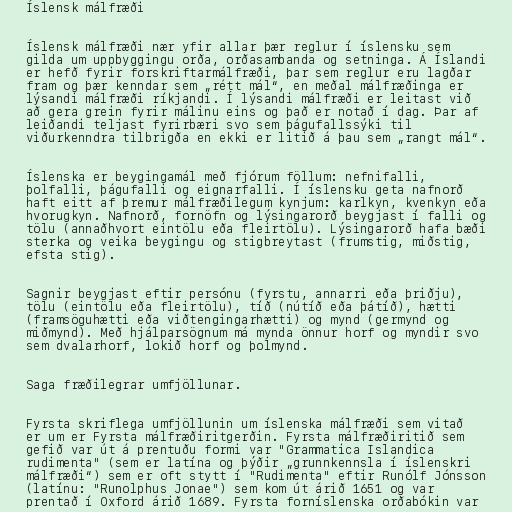
Íslensk málfræði

Íslensk málfræði nær yfir allar þær reglur í íslensku sem
gilda um uppbyggingu orða, orðasambanda og setninga. Á Íslandi
er hefð fyrir forskriftarmálfræði, þar sem reglur eru lagðar
fram og þær kenndar sem „rétt mál“, en meðal málfræðinga er
lýsandi málfræði ríkjandi. Í lýsandi málfræði er leitast við
að gera grein fyrir málinu eins og það er notað í dag. Þar af
leiðandi teljast fyrirbæri svo sem þágufallssýki til
viðurkenndra tilbrigða en ekki er litið á þau sem „rangt mál“.

Íslenska er beygingamál með fjórum föllum: nefnifalli,
þolfalli, þágufalli og eignarfalli. Í íslensku geta nafnorð
haft eitt af þremur málfræðilegum kynjum: karlkyn, kvenkyn eða
hvorugkyn. Nafnorð, fornöfn og lýsingarorð beygjast í falli og
tölu (annaðhvort eintölu eða fleirtölu). Lýsingarorð hafa bæði
sterka og veika beygingu og stigbreytast (frumstig, miðstig,
efsta stig).

Sagnir beygjast eftir persónu (fyrstu, annarri eða þriðju),
tölu (eintölu eða fleirtölu), tíð (nútíð eða þátíð), hætti
(framsöguhætti eða viðtengingarhætti) og mynd (germynd og
miðmynd). Með hjálparsögnum má mynda önnur horf og myndir svo
sem dvalarhorf, lokið horf og þolmynd.

Saga fræðilegrar umfjöllunar.

Fyrsta skriflega umfjöllunin um íslenska málfræði sem vitað
er um er Fyrsta málfræðiritgerðin. Fyrsta málfræðiritið sem
gefið var út á prentuðu formi var "Grammatica Islandica
rudimenta" (sem er latína og þýðir „grunnkennsla í íslenskri
málfræði“) sem er oft stytt í "Rudimenta" eftir Runólf Jónsson
(latínu: "Runolphus Jonae") sem kom út árið 1651 og var
prentað í Oxford árið 1689. Fyrsta forníslenska orðabókin var